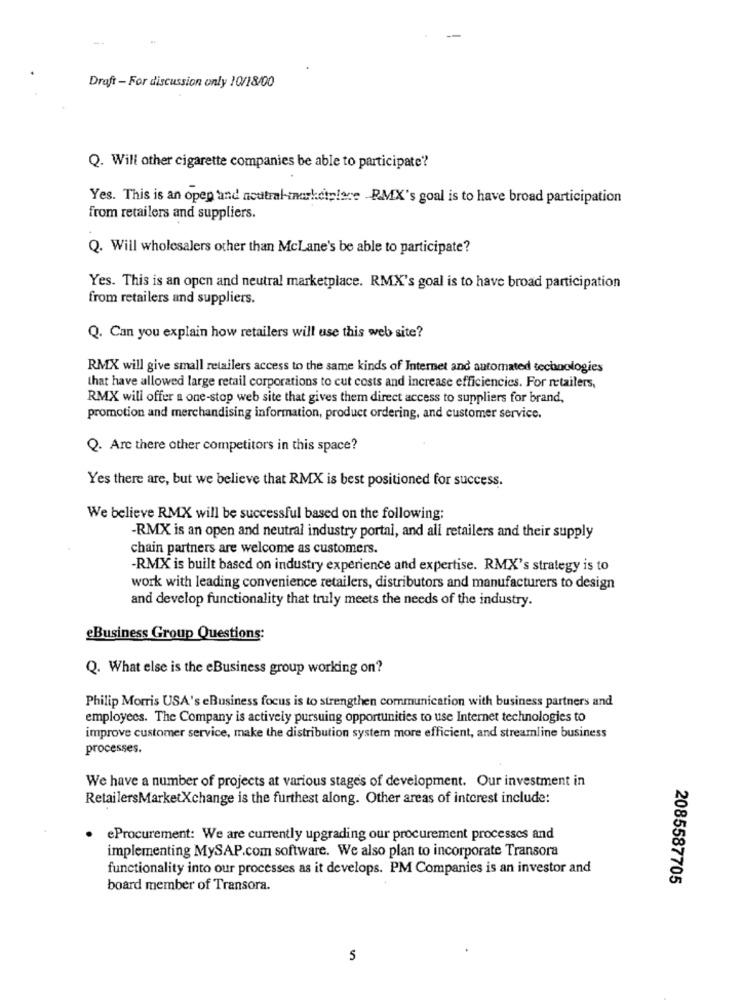
Draft - For discussion only 10/18/00
Q. Will other cigarette companies be able to participate?
Yes. This is an open and neutral inarkdiplere RMX's goal is to have broad participation
from retailers and suppliers.
Q. Will wholesalers other than McLane's be able to participate?
Yes. This is an open and neutral marketplace. RMX's goal is to have broad participation
from retailers and suppliers.
Q. Can you explain how retailers will use this web site?
RMX will give small retailers access to the same kinds of Internet and automated technologies
that have allowed large retail corporations to cut costs and increase efficiencies. For retailers,
RMX will offer a one-stop web site that gives them direct access to suppliers for brand,
promotion and merchandising information, product ordering, and customer service.
Q. Are there other competitors in this space?
Yes there are, but we believe that RMX is best positioned for success.
We believe RMX will be successful based on the following:
-RMX is an open and neutral industry portal, and all retailers and their supply
chain partners are welcome as customers.
-RMX is built based on industry experience and expertise. RMX's strategy is to
work with leading convenience retailers, distributors and manufacturers to design
and develop functionality that truly meets the needs of the industry.
eBusiness Group Questions:
Q. What else is the eBusiness group working on?
Philip Morris USA's eBusiness focus is to strengthen communication with business partners and
employees. The Company is actively pursuing opportunities to use Internet technologies to
improve customer service, make the distribution system more efficient, and streamline business
processes.
We have a number of projects at various stages of development. Our investment in
RetailersMarketXchange is the furthest along. Other areas of interest include:
eProcurement: We are currently upgrading our procurement processes and
implementing MySAP.com software. We also plan to incorporate Transora
functionality into our processes as it develops. PM Companies is an investor and
2085587705
board member of Transora.
5